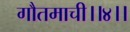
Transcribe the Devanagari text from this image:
गौतमाची।।४।।